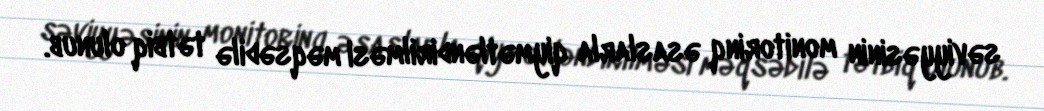
səviyyəsinin monitorinq əsaslarla qiymətləndirilməsi məqsədilə tətbiq olunub.